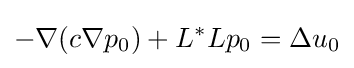
-\nabla (c\nabla p_{0})+L^{*}Lp_{0}=\Delta u_{0}